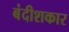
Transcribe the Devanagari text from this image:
बंदीशकार